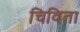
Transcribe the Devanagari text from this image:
चिविता